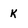
Character: K